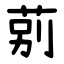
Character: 莂